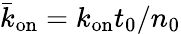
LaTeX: \bar{k}_{\mathrm{on}}=k_{\mathrm{on}}t_{0}/n_{0}